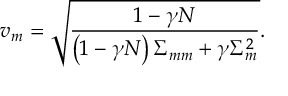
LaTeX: v _ { m } = \sqrt { \frac { 1 - \gamma N } { \left( 1 - \gamma N \right) \Sigma _ { m m } + \gamma \Sigma _ { m } ^ { 2 } } } .